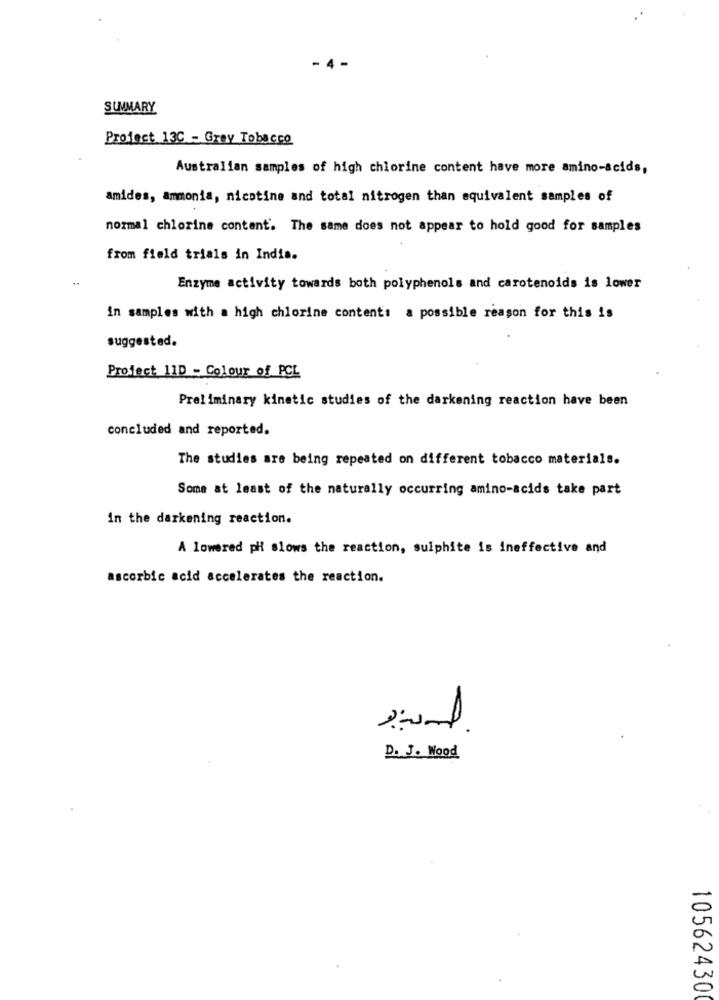
SUMMARY
Project 13C - Grey Tobacco
Australian samples of high chlorine content have more amino-acids,
amides, ammonia, nicotine and total nitrogen than equivalent samples of
normal chlorine content. The same does not appear to hold good for samples
from field trials in India.
Enzyme activity towards both polyphenols and carotenoids is lower
in samples with a high chlorine content: a possible reason for this is
suggested.
Project 11D - Colour of PCL
Preliminary kinetic studies of the darkening reaction have been
concluded and reported.
The studies are being repeated on different tobacco materials.
Some at least of the naturally occurring amino-acids take part
in the darkening reaction.
A lowered pH slows the reaction, sulphite is ineffective and
ascorbic acid accelerates the reaction.
.
D. J. Wood
10562430